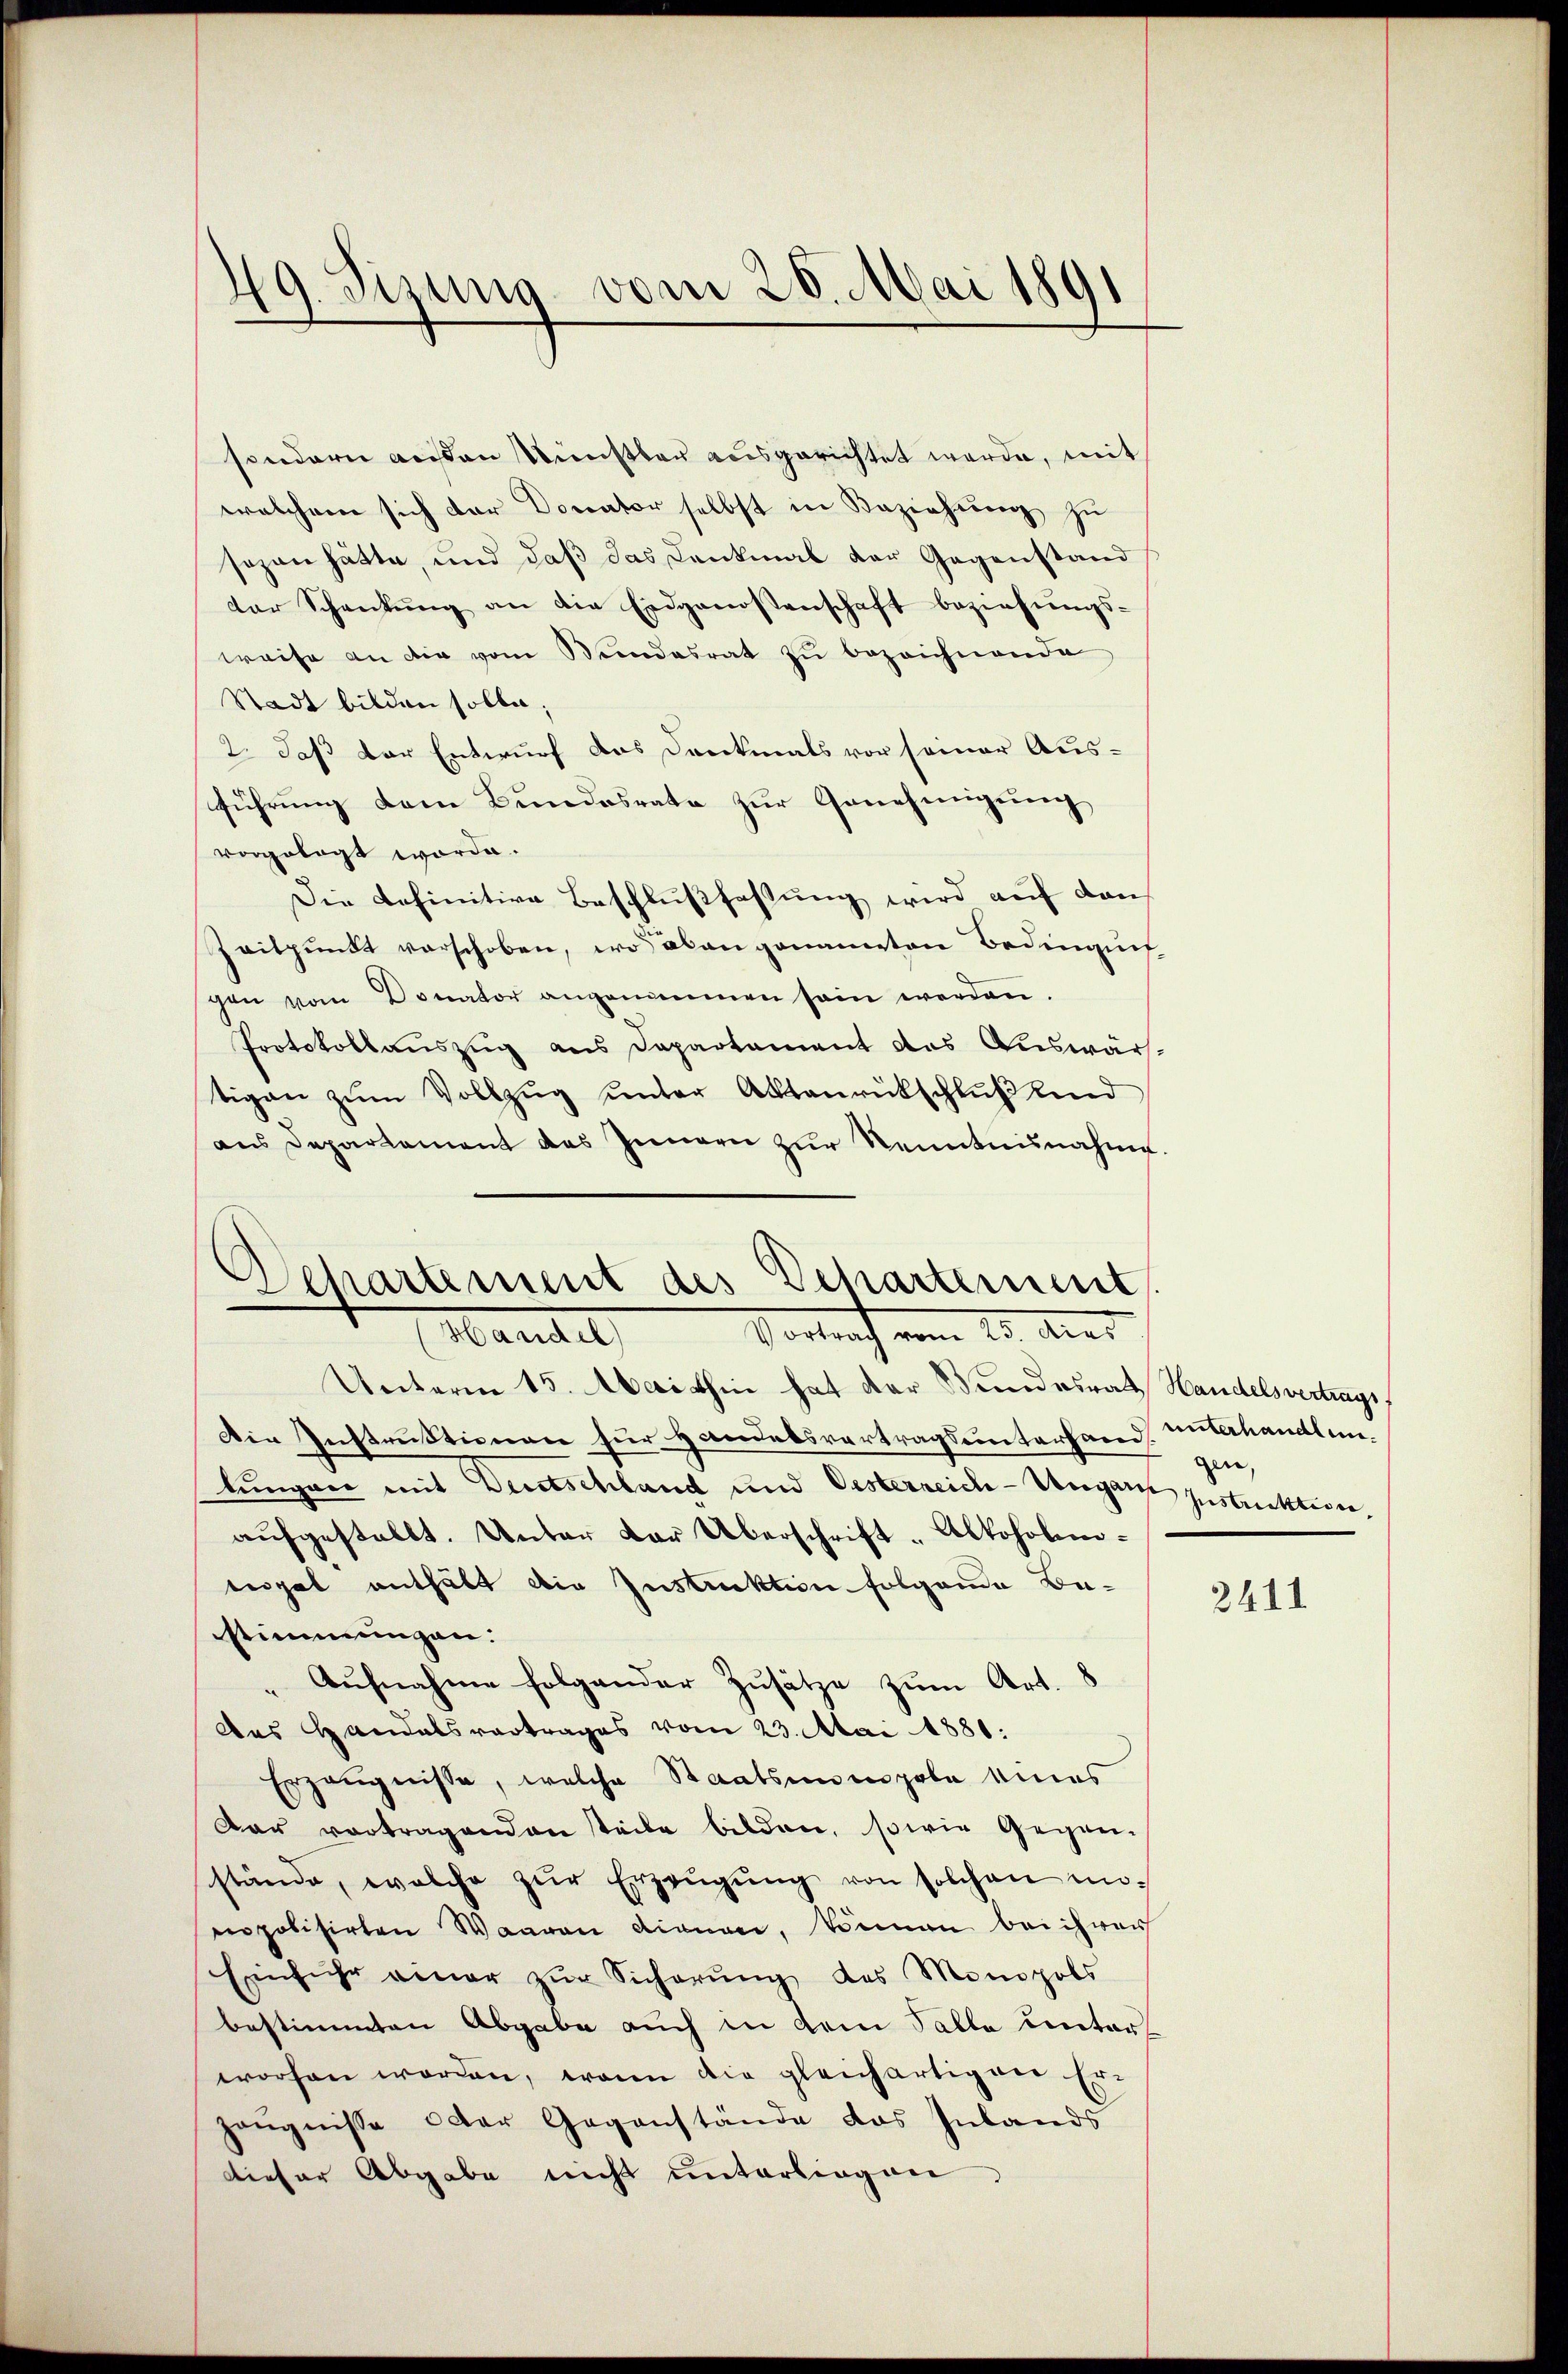
49. Sizung vom 26. Mai 1891

sondern ausen Kunstbar ausgerichtet werde, mit
welchem sich dar Donator selbst in Beziehŭng zu
sezen hätte, und daß das Lankmal der Gegenstand
der Schenkung an die Eidgenossenschaft beziehungsweise an die vom Bundesrat zŭ bezeichnende
Stadt bilden solle;
2. daß der Entwurf das Denkmals vor seiner Aus-
führung dem Bundesrate zur Genehmigung
vorgelegt worde.
Die definitive Beschlußfassung wird auf den
Zeitpunkt verschoben, wo aben genannten Bedingun
gen vom Donator angenommen sein werden.
Protokollauszug aus Departament das Auswärtigen zŭm Vollzŭg ŭnter Aktenrückschlŭβ eind
ans Departement des Innern zŭr Kenntnisnahme.
Departement des Departement

Vortrag vom 20. Aus
Hande

Unterm 15. Maithin hat der Bundesrath Handelsvertrags
Die Instruktionen für Handelsvertragsunterhand unterhandlunlungen mit Deutschland und Oesterreich-Ungarn Instruktion,
aŭfgestellt. Unter der Überschrift-Alkoholeneigel enthält die Instruktion folgende Be-
stimmungen.
" Aufnahme folgender Zusätze zum Art. 8
Das Handelsvertrages vom 23. Mai 1881:
Erzeugnisse, welche Staatseinenpole eines
dar vertragenden steile bilden, sowie Gegen-
stände, welche zŭr Erzeŭgŭng von solchen unnopolisirten Waaren dienen, können bei ihrer
Einfuhr einer zur Sicherung des Monopols
bestimmten Abgabe auch in dem Falle unter
worfen worden, wenn die gleichartigner Er-
zeŭgnisse oder Gegenstände das Inlands
dieser Abgabe nicht unterliegen

gen,

2411